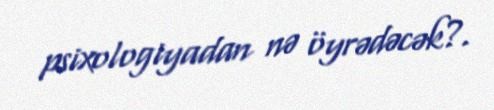
psixologiyadan nə öyrədəcək?.